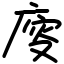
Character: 廀